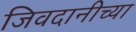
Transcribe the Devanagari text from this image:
जिवदानीच्या